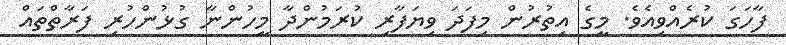
ފާހަގަ ކުރެއްވިއެވެ. މީގެ އިތުރުން މިފަދަ ވިޔަފާރި ކުރަމުންދާ މީހުންނާ ގުޅުންހުރި ފަރާތްތައް